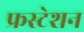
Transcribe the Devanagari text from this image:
फ्रस्टेशन